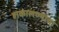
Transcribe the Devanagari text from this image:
हाकालण्याचा